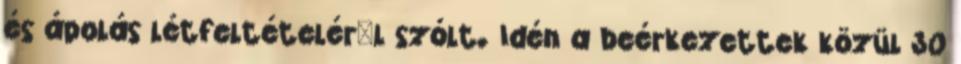
és ápolás létfeltételérœl szólt. Idén a beérkezettek közül 30